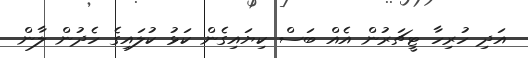
އަދި ހުރިހާ ޓީޗަރުން އެއް ބަސް ކިޔައިގެން ކަޅު ކުލައިގެ ހެދުން ލާން